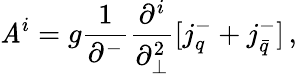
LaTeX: \mathit{A}^{i}=g\frac{{1}}{{\partial^{-}}}\frac{{\partial^{i}}}{{\partial_{\perp}^{2}}}[j_{q}^{-}+j_{\bar{{q}}}^{-}]\, ,